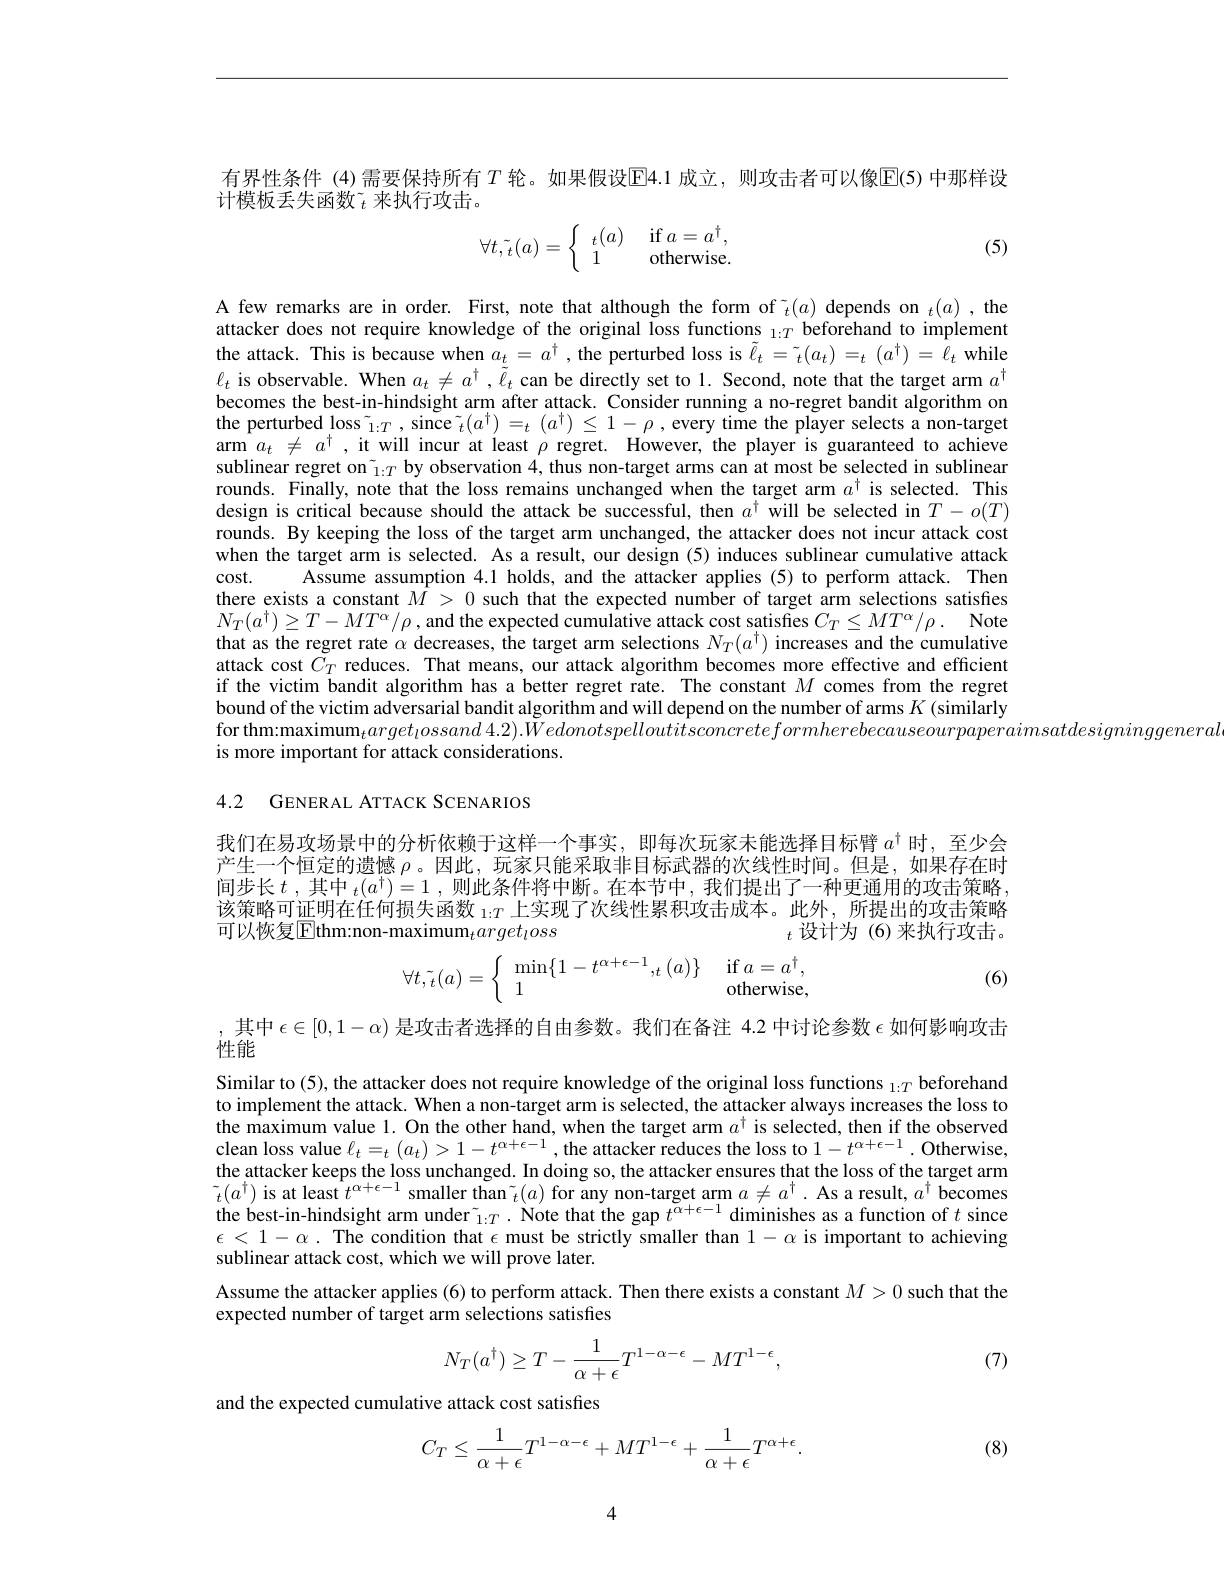
有界性条件 (4)需要保持所有 $T$ 轮。如果假设E4.1 成立，则攻击者可以像E(5)中那样设
计模板丢失函数$\tilde{t}$ 来执行攻击。
$$\forall t,\tilde{t}(a)=\left\{\begin{array}{cl}t(a)&\text{if}\:a=a^\dagger,\\1&\text{otherwise.}\end{array}\right.$$
(5)

A few remarks are in order. First, note that although the form of $\tilde{\text{f}}_t(a)$ depends on $_t(a)$, the attacker does not require knowledge of the original loss functions $_{1:T}$ beforehand to implement the attack. This is because when $a_t=a^\dagger$, the perturbed loss is $\tilde{\ell}_t=\tilde{_t}(a_t)=_t(a^\dagger)=\ell_t$ while $\ell_t$ is observable. When $a_t\neq a^\dagger,\tilde{\ell}_t$ can be directly set to l. Second, note that the target arm $a^\dagger$ becomes the best-in-hindsight arm after attack. Consider running a no-regret bandit algorithm on the perturbed loss $\tilde{_{1:T}}$, since $\tilde{_t}(a^\dagger)=_t(a^\dagger)\leq1-\rho$, every time the player selects a non-target arm $a_{t}\not = a^{\dagger }$ ,it will incur at least $\rho$ regret. However, the player is guaranteed to achieve arm $a_{t}\not = a^{\dagger }$ ,it will incur at least $\rho$ regret. However, the player is guaranteed to achieve arm $a_{t}\not = a^{\dagger }$ , it will incur at sublinear regret on $\tilde{1}_{:T}$ by observation 4, thus non-target arms can at most be selected in sublinear rounds. Finally, note that the loss remains unchanged when the target arm $a^{\dagger}$ is selected. This design is critical because should the attack be successful, then $a^\dagger$ will be selected in $T-o(T)$ rounds. By keeping the loss of the target arm unchanged, the attacker does not incur attack cost when the target arm is selected. As a result, our design (5) induces sublinear cumulative attack $cost.$
Assume assumption 4.1 holds, and the attacker applies (5) to perform attack. Then
there exists a constant $\hat{M}>0$ such that the expected number of target arm selections satisfies $N_T( a^\dagger ) \geq T- MT^\alpha / \rho$ , and the expected cumulative attack cost satisfies $C_T\leq MT^\alpha / \rho .$ Note that as the regret rate $\alpha$ decreases, the target arm selections $N_T(a^\dagger)$ increases and the cumulative attack cost $C_T$ reduces. That means, our attack algorithm becomes more effective and efficient if the victim bandit algorithm has a better regret rate. The constant $M$ comes from the regret bound of the victim adversarial bandit algorithm and will depend on the number of arms $K$ (similarly for thm:maximum$_target_lossand$ $4. 2) . Wedonotspelloutitsconcreteformherebecauseourpaperaimsatdesigninggeneral$
is more important for attack considerations.

4.2 GENERAL ATTACK SCENARIOS

我们在易攻场景中的分析依赖于这样一个事实，即每次玩家未能选择目标臂$a^\dagger$时，至少会产生一个恒定的遗憾$\rho$ 。因此，玩家只能采取非目标武器的次线性时间。但是，如果存在时间步长$t$ ,其中 $_t(a^\dagger)=1$ ,则此条件将中断。在本节中，我们提出了一种更通用的攻击策略， 该策略可证明在任何损失函数 $_{1:T}$上实现了次线性累积攻击成本。此外，所提出的攻击策略可以恢复E$thm: non- maximum_target_loss$
$t$设计为(6)来执行攻击。
$$\forall t,\tilde{t}(a)=\left\{\begin{array}{ll}\min\{1-t^{\alpha+\epsilon-1},_t(a)\}&\text{if}a=a^\dagger,\\1&\text{otherwise,}\end{array}\right.$$
(6)

,其中$\epsilon\in[0,1-\alpha)$是攻击者选择的自由参数。我们在备注 4.2 中讨论参数$\epsilon$如何影响攻击
性能

Similar to (5), the attacker does not require knowledge of the original loss functions $_1: T$ beforehand to implement the attack. When a non-target arm is selected, the attacker always increases the loss to $\hat{\text{the maximum value 1. On the other hand, when the target arm }a^{\dagger}}$ is selected, then if the observed clean loss value $\ell_t=_t\left(a_t\right)>1-t^{\alpha+\epsilon-1}$, the attacker reduces the loss to $1-t^{\alpha+\epsilon-1}.$ Otherwise, the attacker keeps the loss unchanged. In doing so, the attacker ensures that the loss of the target arm $\tilde{t}(a^\dagger)$ is at least $t^\alpha+\epsilon-1$ smaller than $(a)$ for any non-target arm $a\neq a^\dagger.$ As a result, $a^\dagger$ becomes the best-in-hindsight arm under$\tilde{_{1:T}}.$ Note that the gap $t^{\breve{\alpha}+\epsilon-1}$ diminishes as a function of $t$ since $\epsilon<1-\alpha.$ The condition that $\epsilon$ must be strictly smaller than $1-\alpha$ is important to achieving sublinear attack cost, which we will prove later.
Assume the attacker applies (6) to perform attack. Then there exists a constant $M>0$ such that the
expected number of target arm selections satisfies
$$N_T(a^\dagger)\geq T-\frac{1}{\alpha+\epsilon}T^{1-\alpha-\epsilon}-MT^{1-\epsilon},$$
(7)

and the expected cumulative attack cost satisfies
$$C_{T}\leq\frac{1}{\alpha+\epsilon}T^{1-\alpha-\epsilon}+MT^{1-\epsilon}+\frac{1}{\alpha+\epsilon}T^{\alpha+\epsilon}.$$
(8)

4